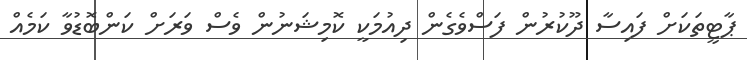
ޕާޓީތަކަށް ފައިސާ ދޫކުރުން ފަސްވެގެން ދިއުމަކީ ކޮމިޝަނުން ވެސް ވަރަށް ކަންބޮޑުވާ ކަމެއް